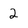
Character: 2